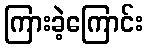
ကြားခဲ့ကြောင်း